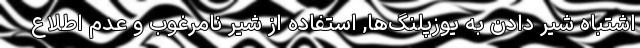
اشتباه شیر دادن به یوزپلنگ‌ها, استفاده از شیر نامرغوب و عدم اطلاع